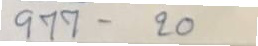
977 - 20